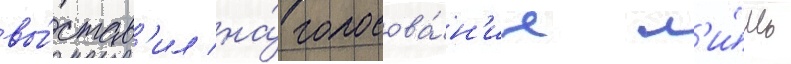
вы́став'ил на́ голосова́н'ие л'и́шь